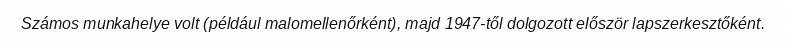
Számos munkahelye volt (például malomellenőrként), majd 1947-től dolgozott először lapszerkesztőként.